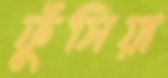
ফুঁসিয়া